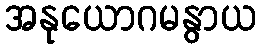
အနုယောဂမနွာယ